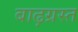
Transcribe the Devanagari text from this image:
बाढ़ग्रस्‍त